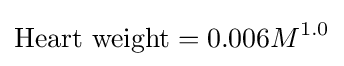
{\text{Heart weight}}=0.006{M}^{1.0}